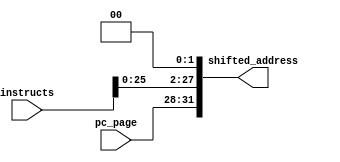
`timescale 1 ns / 1 ns

module shifter_for_jump(instructs, pc_page, shifted_address);
    output reg [31:0] shifted_address;
    input [31:0] instructs;
    input [3:0] pc_page;
    always @(instructs or pc_page) begin
        shifted_address = {pc_page, instructs[25:0], 2'b00};
    end
endmodule


module shifter_for_jump_test();
    wire [31:0] shifted_address;
    reg [31:0] instructs, pc;

    shifter_for_jump shfj(instructs , pc[31:28] , shifted_address);

    initial begin
        #400
        instructs = 32'b0000001111111100_0000111000111011;
        pc = 32'b1000000000000000_0000000000000000;
        #400
        $stop;
    end
endmodule